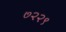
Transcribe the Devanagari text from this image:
७२२९